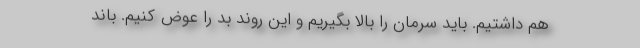
هم داشتیم. باید سرمان را بالا بگیریم و این روند بد را عوض کنیم. باند